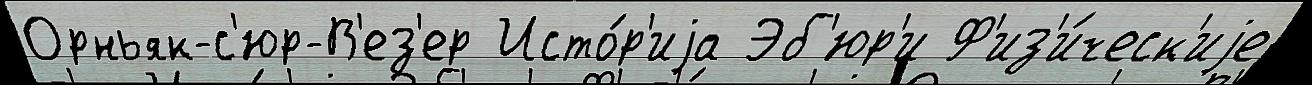
Орньяк-с'юр-В'ез'ер Исто́р'иjа Эб'юр'и Ф'из'и́ческ'иjе